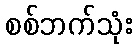
စစ်ဘက်သုံး